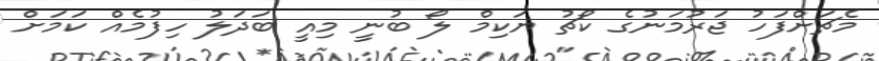
މެޗަށްފަހު ޖަރުމަނުގެ ކޯޗު ޔަކިމް ލޯ ބުނީ މިއީ ބަދަލު ހިފުމެއް ކަމަށް